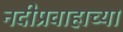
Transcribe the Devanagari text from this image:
नदीप्रवाहाच्या